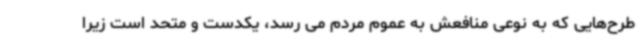
طرح‌هایی که به نوعی منافعش به عموم مردم می رسد، یکدست و متحد است زیرا